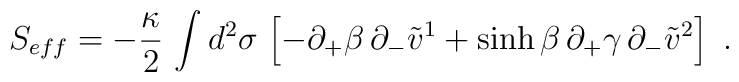
S_{eff}=-{\kappa\over 2}\,\int d^2\sigma\,\left[-\partial_+\beta\,\partial_-\tilde v^1+\sinh\beta\,\partial_+\gamma\,\partial_-\tilde v^2\right]\ .